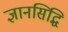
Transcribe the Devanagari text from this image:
ज्ञानसिद्धि